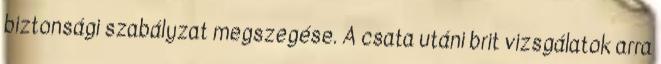
biztonsági szabályzat megszegése. A csata utáni brit vizsgálatok arra